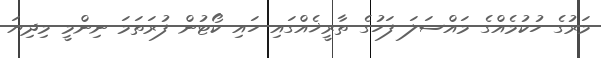
މަރުގެ ހުކުމެއްގެ މައްސަލަ ފަހުގެ ތާރީޚެއްގައި ހައި ކޯޓުން ފުރަތަމަ ނިންމީ މިދިޔަ